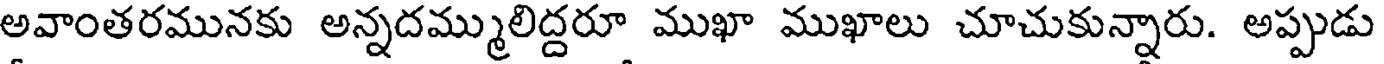
అవాంతరమునకు అన్నదమ్ములిద్దరూ ముఖా ముఖాలు చూచుకున్నారు. అప్పుడు